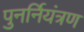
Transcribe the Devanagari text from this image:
पुनर्नियंत्रण